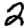
Digit: 2